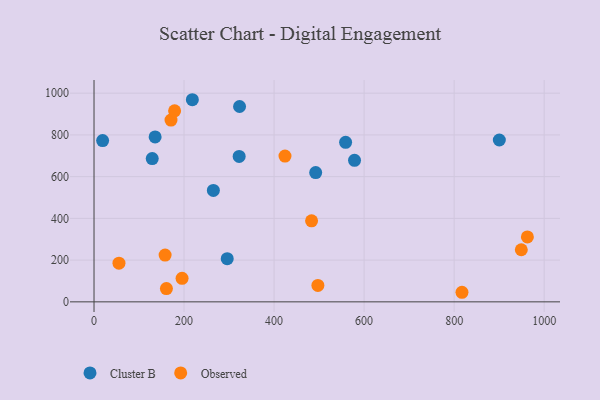
{"axis": {"x": "Distance", "y": "Exam Score"}, "legend": ["Cluster B", "Observed"], "data": [{"x": "578.7", "y": 678.4, "type": "Cluster B"}, {"x": "265.1", "y": 534.0, "type": "Cluster B"}, {"x": "900.4", "y": 775.5, "type": "Cluster B"}, {"x": "19.1", "y": 772.8, "type": "Cluster B"}, {"x": "322.4", "y": 696.7, "type": "Cluster B"}, {"x": "135.7", "y": 790.5, "type": "Cluster B"}, {"x": "492.4", "y": 619.7, "type": "Cluster B"}, {"x": "558.9", "y": 764.5, "type": "Cluster B"}, {"x": "295.9", "y": 206.7, "type": "Cluster B"}, {"x": "323.3", "y": 936.2, "type": "Cluster B"}, {"x": "129.3", "y": 686.8, "type": "Cluster B"}, {"x": "218.4", "y": 968.6, "type": "Cluster B"}, {"x": "817.4", "y": 45.9, "type": "Observed"}, {"x": "157.9", "y": 224.2, "type": "Observed"}, {"x": "962.7", "y": 311.1, "type": "Observed"}, {"x": "949.2", "y": 249.6, "type": "Observed"}, {"x": "483.3", "y": 388.2, "type": "Observed"}, {"x": "497.3", "y": 78.8, "type": "Observed"}, {"x": "424.2", "y": 698.7, "type": "Observed"}, {"x": "195.6", "y": 112.9, "type": "Observed"}, {"x": "160.8", "y": 63.4, "type": "Observed"}, {"x": "171.0", "y": 871.0, "type": "Observed"}, {"x": "55.4", "y": 185.4, "type": "Observed"}, {"x": "179.0", "y": 915.4, "type": "Observed"}]}